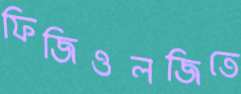
ফিজিওলজিতে